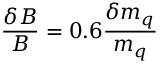
\frac { \delta B } { B } = 0 . 6 \frac { \delta m _ { q } } { m _ { q } }